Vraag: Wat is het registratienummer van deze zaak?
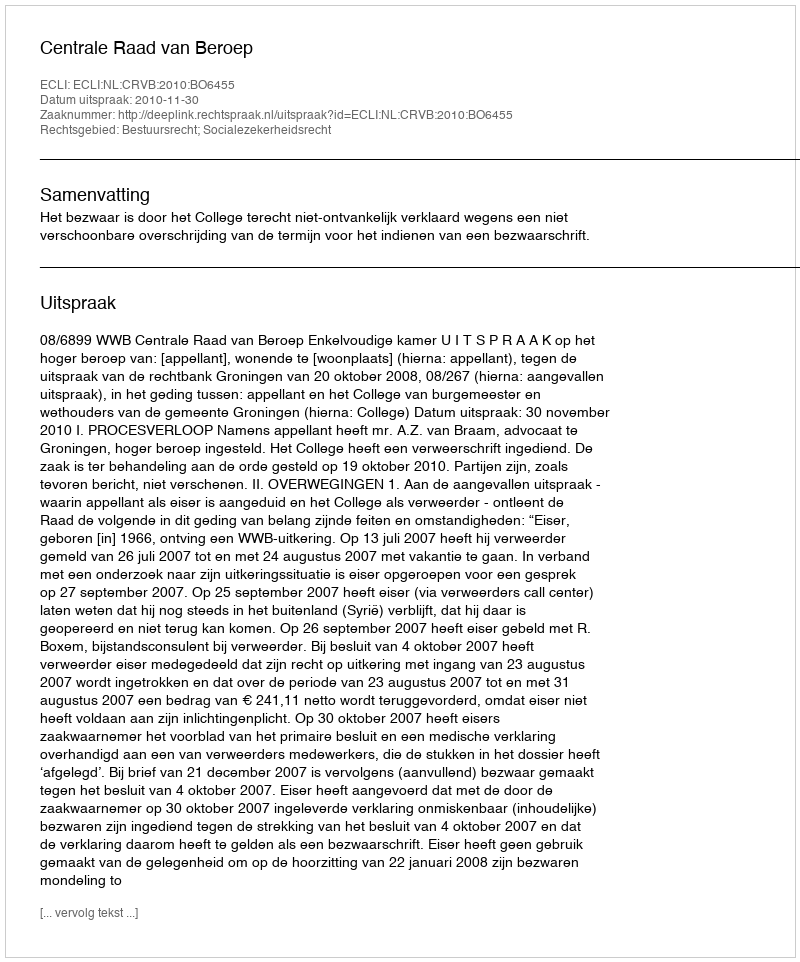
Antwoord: http://deeplink.rechtspraak.nl/uitspraak?id=ECLI:NL:CRVB:2010:BO6455